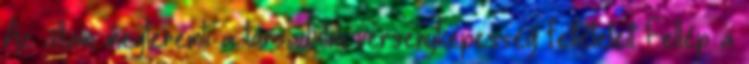
Az állam megteremti a társadalmi versenyképesség feltételeit Fellép a